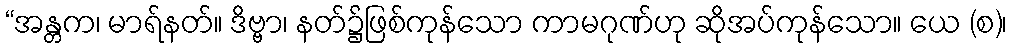
“အန္တက၊ မာရ်နတ်။ ဒိဗ္ဗာ၊ နတ်၌ဖြစ်ကုန်သော ကာမဂုဏ်ဟု ဆိုအပ်ကုန်သော။ ယေ (စ)၊